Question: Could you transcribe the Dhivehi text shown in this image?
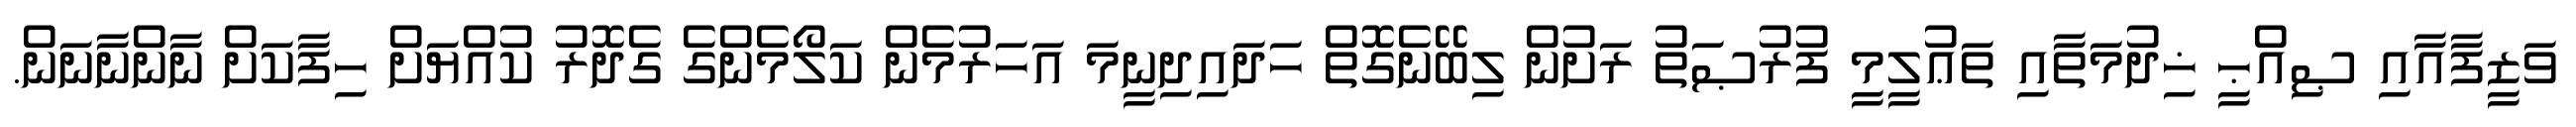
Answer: ވަޒީފާއާއި ޞިއްޙީ ޚިދުމަތާއި ތަޢުލީމީ ފުރުޞަތު ރަށުން ލިބޭނެގޮތް ހަދައިދިނީމަ އަހަރުމެން ކަލޯމެންގެ ގެދޮރު ކުއްޔަށް ހިފާކަށް ނާންނާނަން.